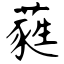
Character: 蕤